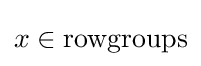
x\in {\text{rowgroups}}